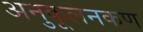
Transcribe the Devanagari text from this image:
अनुकूलनकण